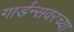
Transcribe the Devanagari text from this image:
गार्डन्सवरच्या